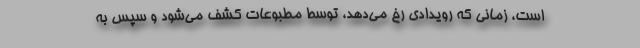
است، زمانی که رویدادی رخ می‌دهد، توسط مطبوعات کشف می‌شود و سپس به